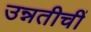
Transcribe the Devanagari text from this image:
उन्नतीचीं